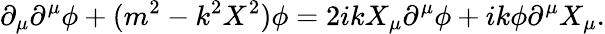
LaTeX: \partial_{\mu}\partial^{\mu}\phi+(m^{2}-k^{2}X^{2})\phi=2ikX_{\mu}\partial^{\mu}\phi+ik\phi\partial^{\mu}X_{\mu}.